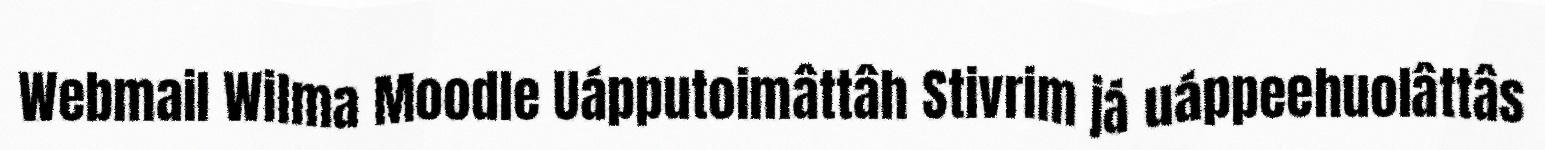
Webmail Wilma Moodle Uápputoimâttâh Stivrim já uáppeehuolâttâs